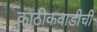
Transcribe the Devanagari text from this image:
काठीकवाडीची